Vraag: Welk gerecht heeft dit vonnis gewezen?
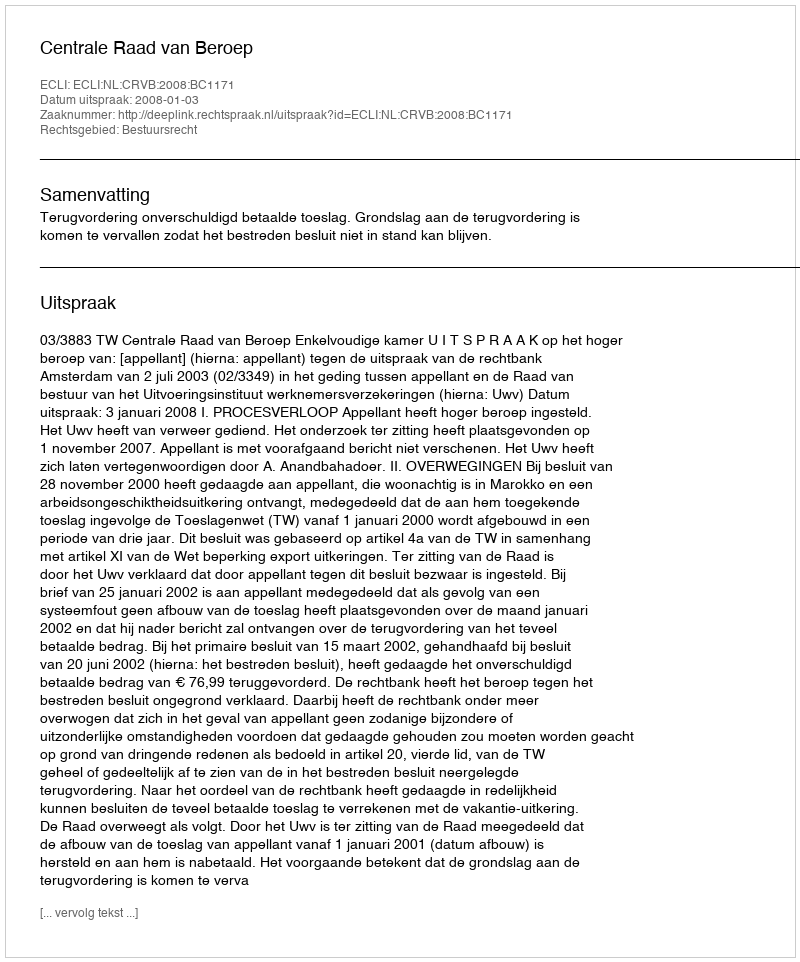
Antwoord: Centrale Raad van Beroep